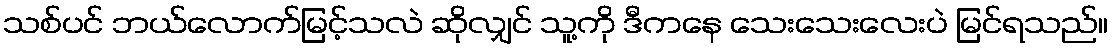
သစ်ပင် ဘယ်လောက်မြင့်သလဲ ဆိုလျှင် သူ့ကို ဒီကနေ သေးသေးလေးပဲ မြင်ရသည်။